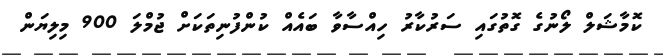
ކޮމާޝަލް ލޯނުގެ ގޮތުގައި ސަރުކާރު ހިއްސާވާ ބައެއް ކުންފުނިތަކަށް ޖުމްލަ 900 މިލިޔަން